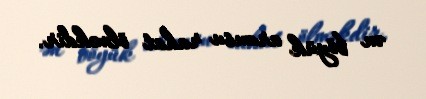
ən böyük arzusu rahat ölməkdir.